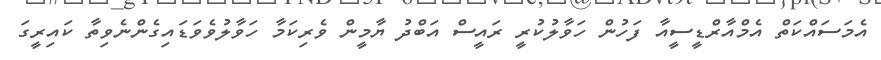
އެމަސައްކަތް އެމްއާރްޑީސީއާ ފަހުން ހަވާލުކުރީ ރައީސް އަބްދު ޔާމީން ވެރިކަމާ ހަވާލުވެވަޑައިގެންނެވިތާ ކައިރީގަ